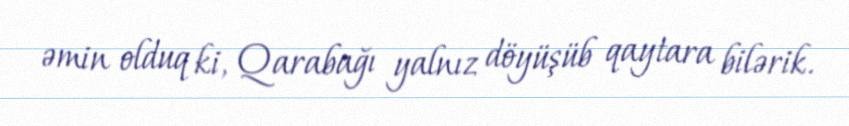
əmin olduq ki, Qarabağı yalnız döyüşüb qaytara bilərik.